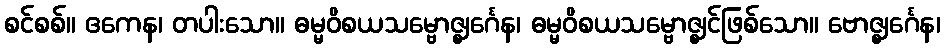
စင်စစ်။ ဧကေန၊ တပါးသော။ ဓမ္မဝိစယသမ္ဗောဇ္ဈင်္ဂေန၊ ဓမ္မဝိစယသမ္ဗောဇ္ဈင်ဖြစ်သော။ ဗောဇ္ဈင်္ဂေန၊